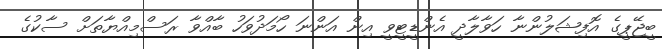
ބީޖޭޕީގެ އޮފިޝަލުންނާ ހަވާލާދީ އެންޑީޓީވީ އިން އަންނަ ހޯމަދުވަހު ބާއްވާ ރަސްމިއްޔާތަށް ސާކުގެ